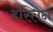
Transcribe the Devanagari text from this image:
हस्तिन